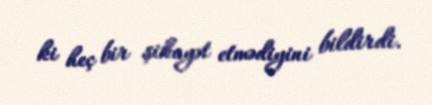
ki heç bir şikayət etmədiyini bildirdi.